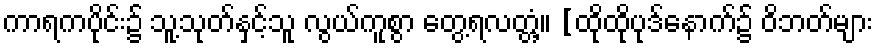
ကာရကပိုင်း၌ သူ့သုတ်နှင့်သူ လွယ်ကူစွာ တွေ့ရလတ္တံ့။ [ထိုထိုပုဒ်နောက်၌ ဝိဘတ်များ